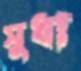
সুধা